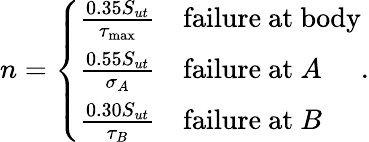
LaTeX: n=\left\{ \begin{array}{ll}{\frac{0.35S_{ut}}{\tau_{\mathrm{max}}}}&{\mathrm{failure\ at\ body}}\\ {\frac{0.55S_{ut}}{\sigma_{A}}}&{\mathrm{failure\ at\ }A}\\ {\frac{0.30S_{ut}}{\tau_{B}}}&{\mathrm{failure\ at\ }B}\end{array}\right..